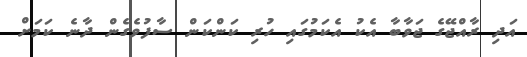
އަދި ރާއްޖޭގެ ޖަވާބާ އެކު އެކަމުގައި ހުރި ކަންކަން ސާފުވެގެން ދާނެ ކަމަށް